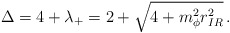
\begin{align*}\Delta = 4 + \lambda_+= 2 + \sqrt{4 + m_\phi^2 r^2_{IR}} \,.\end{align*}